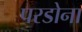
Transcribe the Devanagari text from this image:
परडोना